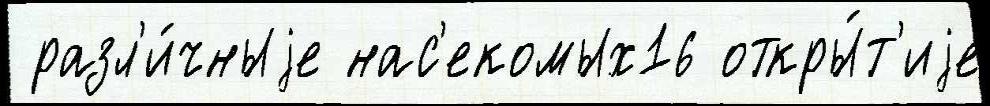
 разл'и́чныjе нас'екомых16 откры́т'иjе